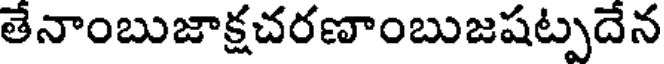
తేనాంబుజాక్షచరణాంబుజషట్పదేన